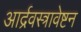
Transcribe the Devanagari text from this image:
आर्द्रवस्त्रावेष्टन